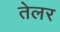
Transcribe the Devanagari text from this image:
तेलर